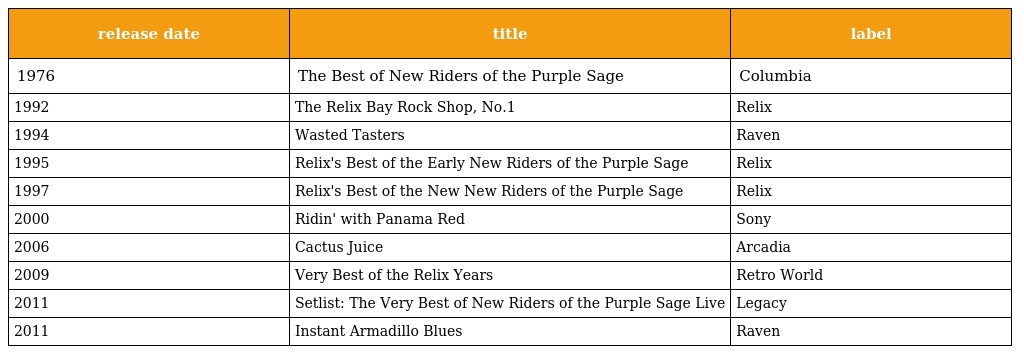
| release date | title | label |
 | --- | --- | --- |
 | 1976 | The Best of New Riders of the Purple Sage | Columbia |
 | 1992 | The Relix Bay Rock Shop, No.1 | Relix |
 | 1994 | Wasted Tasters | Raven |
 | 1995 | Relix's Best of the Early New Riders of the Purple Sage | Relix |
 | 1997 | Relix's Best of the New New Riders of the Purple Sage | Relix |
 | 2000 | Ridin' with Panama Red | Sony |
 | 2006 | Cactus Juice | Arcadia |
 | 2009 | Very Best of the Relix Years | Retro World |
 | 2011 | Setlist: The Very Best of New Riders of the Purple Sage Live | Legacy |
 | 2011 | Instant Armadillo Blues | Raven |